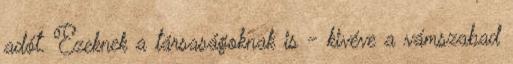
adót. Ezeknek a társaságoknak is - kivéve a vámszabad